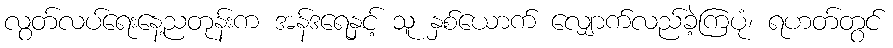
လွတ်လပ်ရေးနေ့ညတုန်းက အန်ဒရေနှင့် သူ နှစ်ယောက် လျှောက်လည်ခဲ့ကြပုံ၊ ရဟတ်တွင်